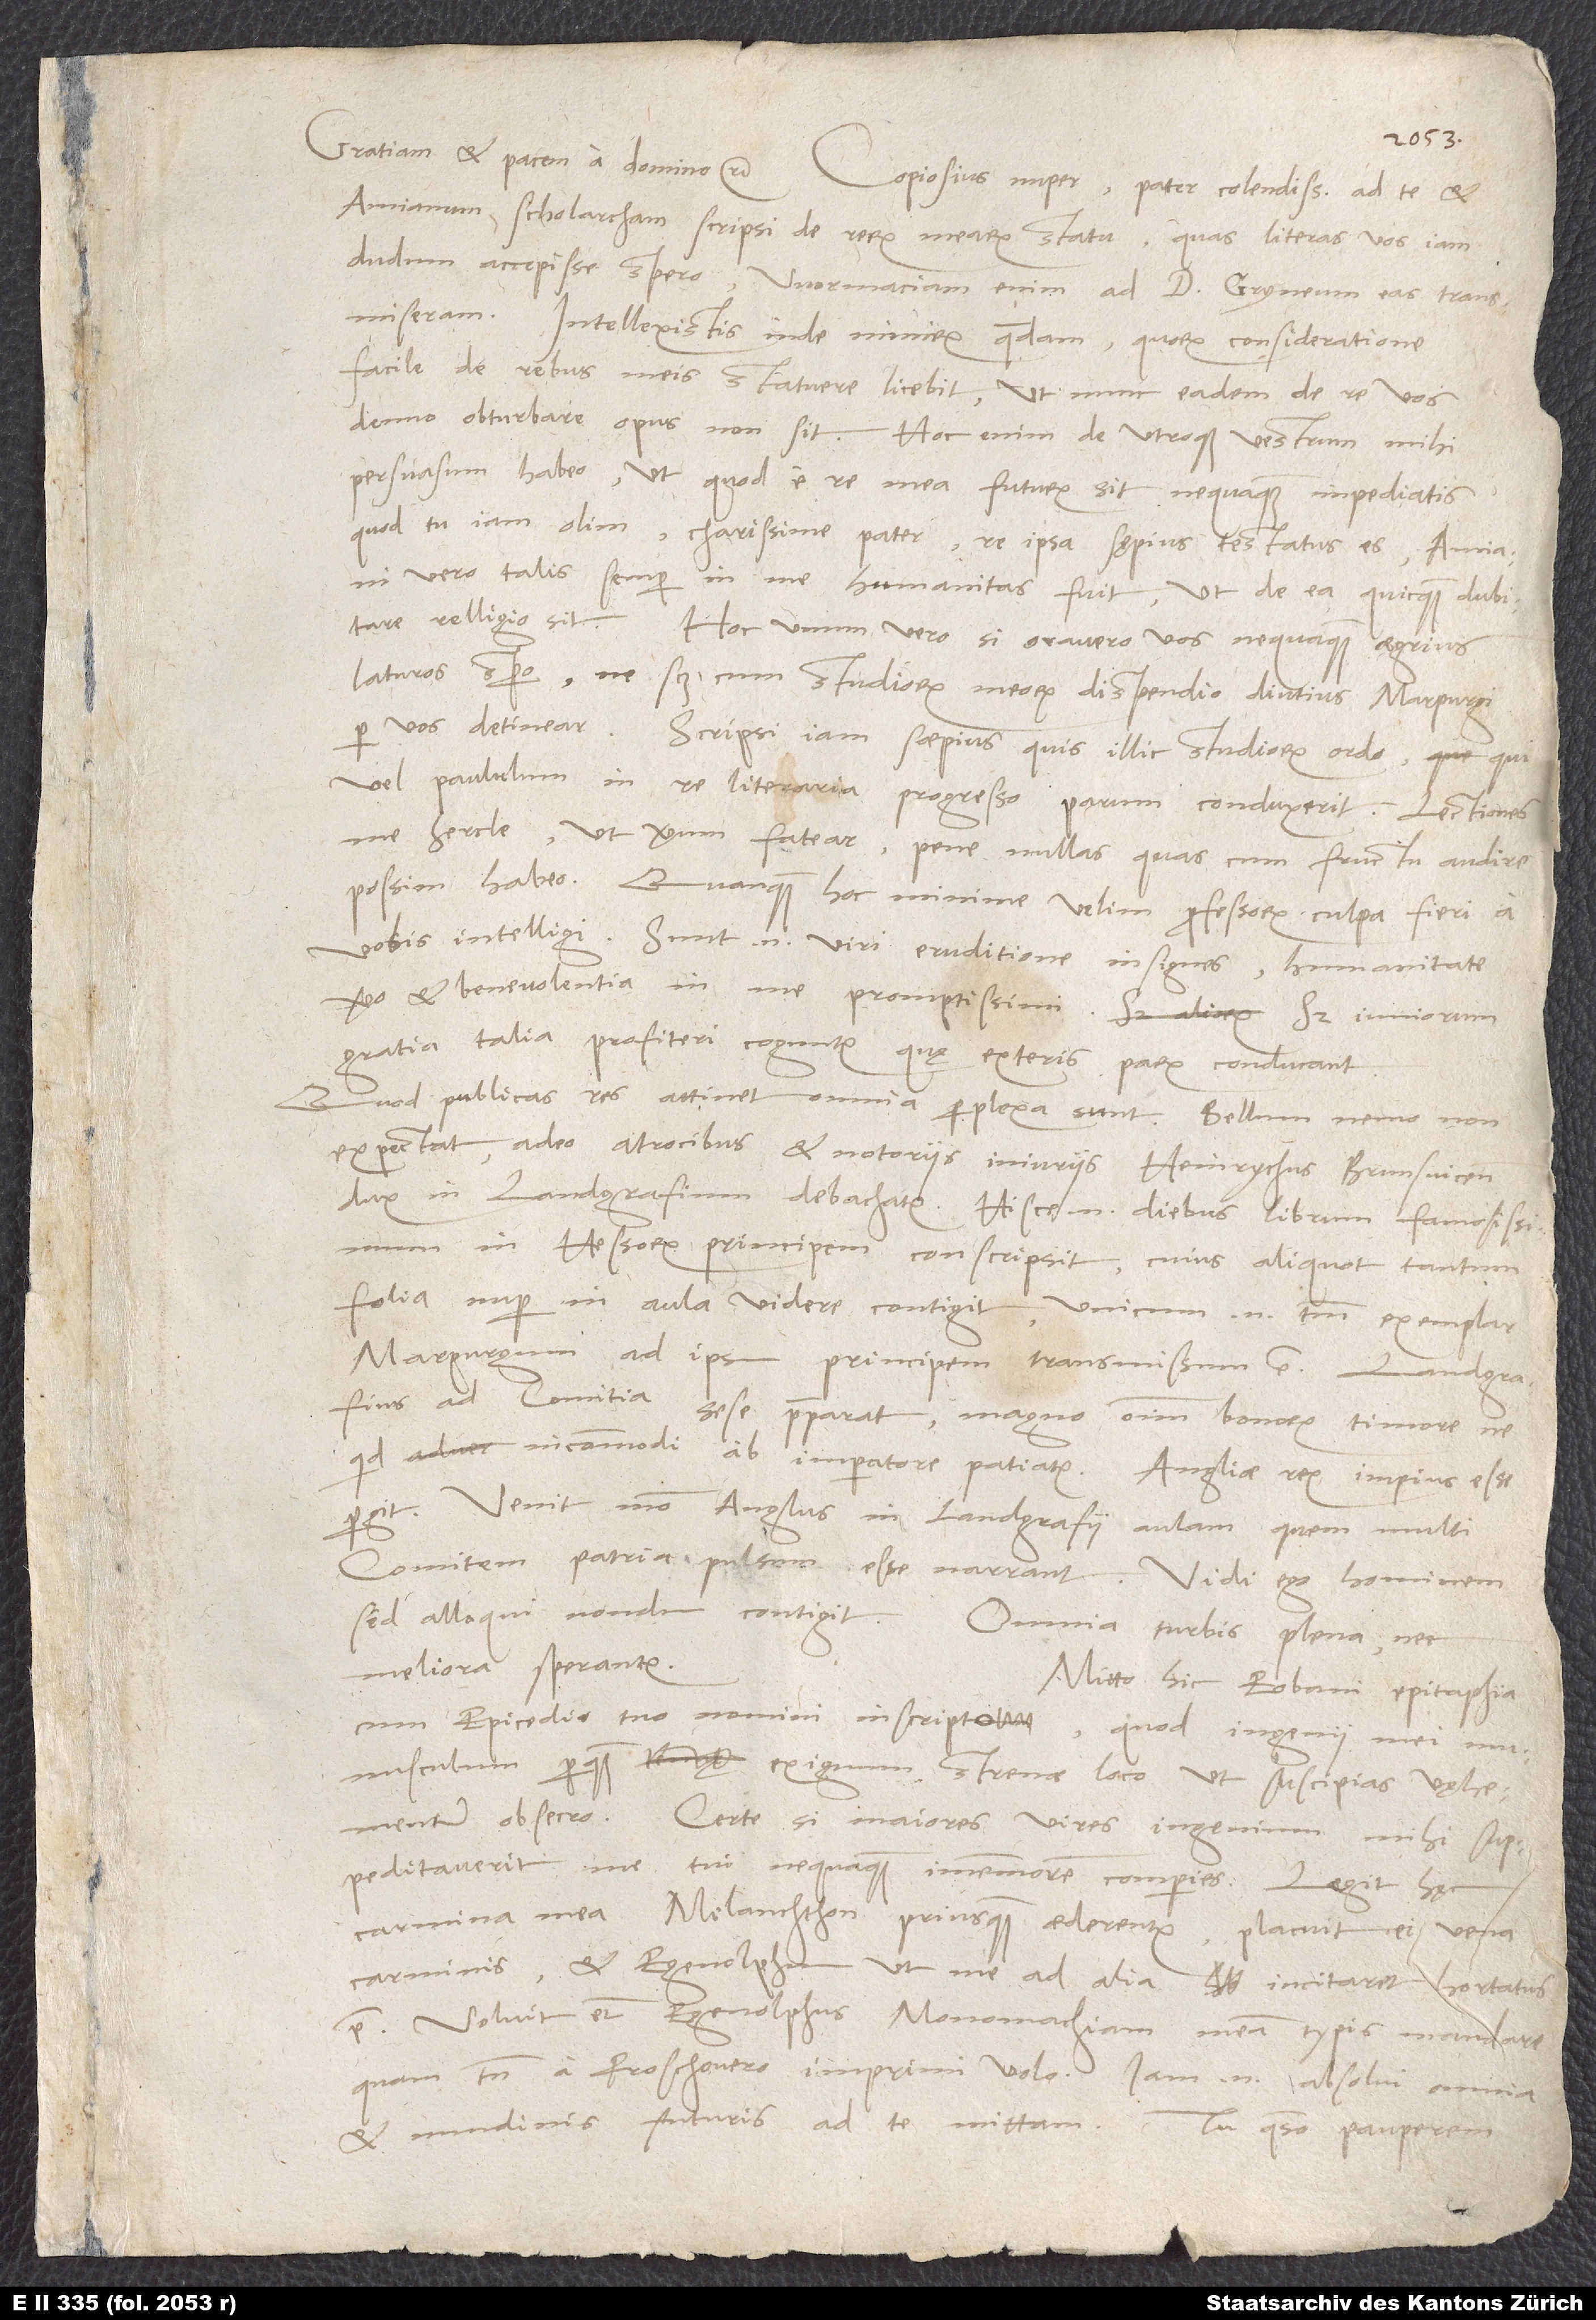
Amianum scholarcham scripsi de rerum mearum statu, quas literas vos iam
dudum accepisse spero. Wormaciam enim ad d. Gryneum eas transmiseram.
Intellexistis inde nimirum quaedam, quorum consideratione
facile de rebus meis statuere licebit, ut nunc eadam de re vos
denuo obturbare opus non sit. Hoc enim de utroque vestrum mihi
persuasum habeo, ut, quod e re mea futurum sit, nequaquam impediatis,
quod tu iam olim, charissime pater, re ipsa sępius testatus es. Amiani
vero talis semper in me humanitas fuit, ut de ea quicquam dubitare
laturos spero, ne scilicet cum studiorum meorum dispendio diutius Marpurgi
Scripsi iam saepius, quis illic studiorum ordo, qui
vel paululum in re literaria progresso parum conduxerit. Lectiones
me hercle, ut verum fatear, pene nullas, quas cum fructu audire
possim, habeo. Quanquam hoc minime velim professorum culpa fieri a
vobis intelligi. Sunt enim viri eruditione insignes, humanitate
vero et benevolentia in me promptissimi; sed iuniorum
gratia talia profiteri coguntur, quę exteris parum conducant.
Quod publicas res attinet, omnia perplexa sunt. Bellum nemo non
expectat, adeo atrocibus et notoriis iniuriis Heinrychus Brunsvicensis
dux in landgrafium debachatur. Hisce enim diebus librum famosissimum
in Hessorum principem conscripsit, cuius aliquot tantum
folia nuper in aula videre contigit; unicum enim tantum exemplar
Marpurgum ad ipsum principem transmissum est. Landgrafius
ad comitia sese praeparat magno omnium bonorum timore, ne
quid incommodi ab imperatore patiatur. Angliae rex impius esse
pergit. Venit modo Anglus in landgrafii aulam, quem multi
comitem patria pulsum esse narrant. Vidi ego hominem,
sed alloqui nondum contigit. Omnia turbis plena, nec
meliora sperantur.
Mitto hic Eobani epitaphia
cum epicedio tuo nomini inscripto, quod ingenii mei
munusculum perquam exiguum strenae loco ut suscipias, vęhementer
obsecro. Certe, si maiores vires ingenium mihi
suppeditaverit, me tui nequaquam immemorem comperies. Legit hęc
carmina mea Melanchthon, priusquam aederentur; placuit ei vena
carminis, et Egenolphum, ut me ad alias incitaret, hortatus
est. Voluit etiam Egenolphus Monomachiam meam typis mandare,
quam tamen a Froschouero imprimi volo. Iam enim absolvi omnia
et nundinis futuris ad te mittam. Tu, quaeso, pauperem